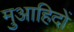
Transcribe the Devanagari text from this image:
मुआहिदों